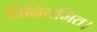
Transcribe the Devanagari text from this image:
विनियमित।